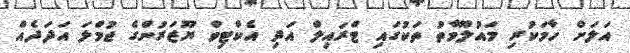
އަލަށް ހާމަކުރި މައުލޫމާތު ތަކުގައި ޓްރައިލް އަދި އެކްޓިވް ޔޫޒަރުންގެ ޖުމްލަ އަދަދެއް